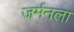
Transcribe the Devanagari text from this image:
जर्मनला